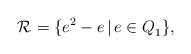
LaTeX: \begin{align*}\mathcal{R}^{}=\{e^2-e \, | \, e\in Q_1^{}\},\end{align*}